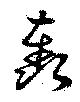
轟